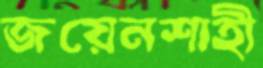
জয়েনশাহী